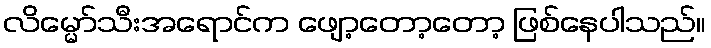
လိမ္မော်သီးအရောင်က ဖျော့တော့တော့ ဖြစ်နေပါသည်။